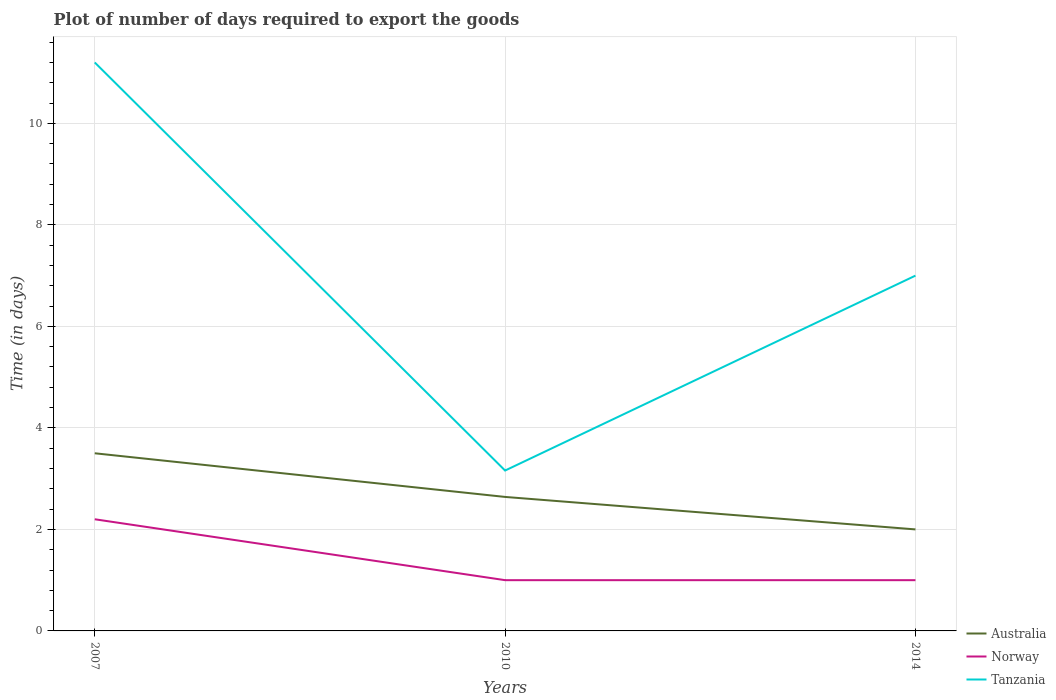
| Years | Australia | Norway | Tanzania |
 | --- | --- | --- | --- |
 | 2007 | 3.5 | 2.2 | 11.2 |
 | 2010 | 2.64 | 1 | 3.16 |
 | 2014 | 2 | 1 | 7 |